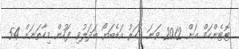
ޓޮޓެންހަމް އަށް 2012 ވަނަ އަހަރު އަޑެބަޔޯ ބަދަލުވި ފަހުން މިހާތަނަށް 54